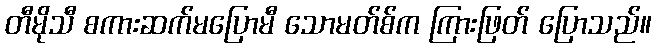
တီမိုသီ စကားဆက်မပြောမီ သောမတ်စ်က ကြားဖြတ် ပြောသည်။